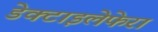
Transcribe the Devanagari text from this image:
डेक्टाइलेफेरा